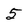
Character: 5